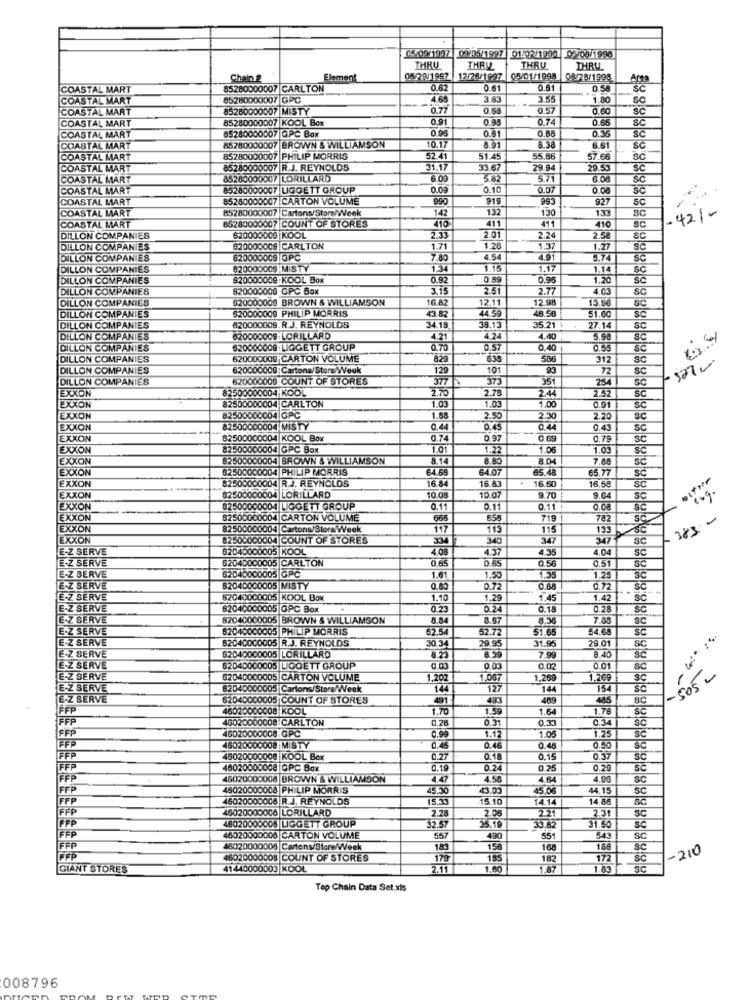
05/09/1997 09/05/1997 01:02/1998 05/08/1998
THRU
THRU
THRU
THRU
Chain &
Element
12/26/1997
05/01/1998
08/28/1998
Am
COASTAL MART
85280000007 CARLTON
0.62
0.61
0.81
COASTAL MART
85280000007 GPC
4.68
3.63
3.55
1.80
SC
COASTAL MART
85280000007 MISTY
0.77
6'0
0.68
0.57
0.60
SC
COASTAL MART
85280000007 KOOL Box
0.98
0.74
SC
85280000007 |GPC Box
0.95
0.81
0.B
0.36
SC
COASTAL MART
COASTAL MART
65280000007 BROWN & WILLIAMSON
10.17
8.91
8.38
6.61
SC
COASTAL MART
85280000007 PHILIP MORRIS
52.41
51.45
55.86
57.66
SC
COASTAL MART
85280000007 R.J. REYNOLDS
31.17
33.67
29.84
29.53
COASTAL MART
45280000007 LORILLARD
6.00
582
5.71
6.08
Sc
COASTAL MART
85280000007 LIGGETT GROUP
0.09
0.10
0.07
0.08
COASTAL MART
85280000007 |CARTON VOLUME
990
919
963
927
SC
COASTAL MART
85280000007 Cartons/Store/Week
142
132
130
133
-421-
85280000007 COUNT OF STORES
411
411
COASTAL MART
410
410
DILLON COMPANIES
620000009 KOOL
2.33
2.01
2.24
2.58
DILLON COMPANIES
620000009 CARLTON
1.71
1.28
137
1.27
DILLON COMPANIES
620000009 |GPC
7.80
454
4.91
5.74
3C
DILLON COMPANIES
620000009 MISTY
1.3
1.15
1.17
1.14
DILLON COMPANIES
820000009 KOOL Box
0.92
0.89
0.96
1.20
šč
DILLON COMPANIES
620000009 GPC Box
3.15
2.51
2.77
4.03
DILLON COMPANIES
620000009 BROWN & WILLIAMSON
16.82
12.11
12.98
13.96
SC
DILLON COMPANIES
620000009 PHILIP MORRIS
13.82
44.59
48.58
51.6
620000009. R.J. REYNOLDS
DILLON COMPANIES
34.18
38.13
35.21
27.1
SC
DILLON COMPANIES
620000009 LORILLARD
4.21
4.24
4.40
3.90
DILLON COMPANIES
520000009 LIGGETT GROUP
0.70
0.57
0.40
0.55
DILLON COMPANIES
620000009 CARTON VOLUME
829
586
312
DILLON COMPANIES
820000009; Cartons/Store/Week
120
101
72
SC
DILLON COMPANIES
620000009 COUNT OF STORES
377
373
351
254
82500000004 KOOL
2.70
2.78
2.57
SC
EXXON
1.03
2.44
EXXON
82500000004 CARLTON
1.03
1.00
0.91
3C
EXXON
82500000004 GPC
1.88
2.50
2.30
2.20
EXXON
82500000004 MISTY
0.44
0.45
0.44
0.4
SC
EXXON
82500000004 KOOL Box
0.74
0.97
0.69
0.79
SC
EXXON
82500000004 GPC Box
1.01
1.22
1.06
1.03
EXXON
82500000004 BROWN & WILLIAMSON
8.14
8.80
8.04
7.00
EXXON
82500000004 PHILIP MORRIS
64.68
64.07
65.48
65.77
EXXON
82500000004 R.J. REYNOLDS
16.84
16.60
SC
16.83
6.58
EXXON
82500000004 LORILLARD
10.08
10.07
9.70
9.64
EXXON
82500000004 LIGGETT GROUP
0.1
0.11
0.11
0.08
EXXON
82500000004 CARTON VOLUME
665
719
782
.383-
EXXON
82500000004 Cartons/Stora Week
117
119
115
133
EXXON
82500000004 COUNT OF STORES
334
340
347
347
sc
E-Z SERVE
82040000005|KOOL
4.08
4.57
4.35
4.04
SC
E-Z SERVE
62040000005 CARLTON
0.65
0.65
0.5
1.61
0.51
E-Z SERVE
62040000005 GPC
1.50
1.35
1.25
3
E-Z SERVE
82040000005 MISTY
0.80
0.72
0.72
- -
E-Z SERVE
52040000005 KOOL Box
1.10
1.29
1.45
1.42
SC
E-Z SERVE
82040000005 GPC Box
0.23
024
0.18
0.28
E-Z SERVE
82040000005 BROWN & WILLIAMSON
8.84
8.57
8,36
7,88
SC
E-Z SERVE
62040000005 PHILIP MORRIS
62.54
52.72
51.65
54.68
E-Z SERVE
52040000005 R.J. REYNOLDS
30.34
29.01
29.95
31.95
SC
30
E-Z SERVE
52040000005 LORILLARD
8.59
7.99
8.40
E-Z SERVE
62040000005 LIGGETT GROUP
0.02
0.01
-505 _
E-Z SERVE
52040000005 CARTON VOLUME
1.202
1,057
1,269
1,269
E-Z SERVE
82040000005 Cartons/Store/Week
144
127
144
154
E-Z SERVE
62040000005 COUNT OF STORES
491
489
445
8C
FFP
45020000008 KOOL
1.70
1.59
1.64
1.76
FFP
46020000008-CARLTON
0.303
0.34
45020000008 GPC
1.05
FFP
FFP
0.99
1.12
1.25
45020000008 MISTY
0.45
0.46
0.45
0.50
FFP
45020000008 KOOL Box
0.27
0.18
0.15
0.37
FFP
48020000008 |0PC Box
0.19
0.24
0 25
0.29
FFP
45020000008 BROWN & WILLIAMSON
4.47
4.56
4.64
4.00
FFP
45020000008 PHILIP MORRIS
45.30
43.05
45.06
44.15
SC
FFP
46020000008 R.J. REYNOLDS
15.33
15.10
14.14
14.86
FFP
46020000008 LORILLARD
2.28
2.06
2.21
2.31
SC
FFP
31.50
FFP
8020000008 LIGGETT GROUP
32.57
35.19
3.85
46020000006 CARTON VOLUME
55
490
551
543
SC
FFP
45020000005 Cartons/Store/Week
18€
156
168
188
1-210
46020000008 COUNT OF STORES
175
182
172
GIANT STORES
41440000003 KOOL
2.11
1.60
1.67
Top Chain Data Set.xls
008796